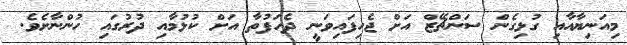
މިއަނިޔާއާއި ގުޅިގެން ސަންޗޭޒް އަށް ޖެހިފައިވަނީ ދެހަފުތާ އަށް ކުޅުމާއި ދުރުގައި ހުންނާށެވެ.